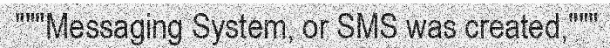
"""Messaging System, or SMS was created,"""